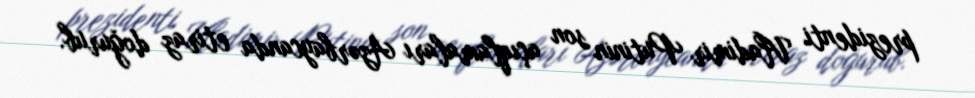
prezidenti Vladimir Putinin son açıqlamaları Azərbaycanda etiraz doğurub.